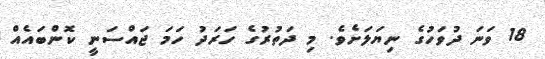
18 ވަނަ ދުވަހުގެ ނިޔަލަށެވެ. މި ދަތުރުގެ ހަރަދު ހަމަ ޖައްސަނީ ކޮންބައެއް